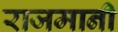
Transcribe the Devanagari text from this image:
राजमानी